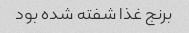
برنج غذا شفته شده بود